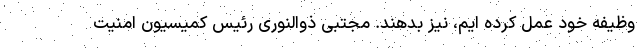
وظیفه خود عمل کرده ایم، نیز بدهند. مجتبی ذوالنوری رئیس کمیسیون امنیت